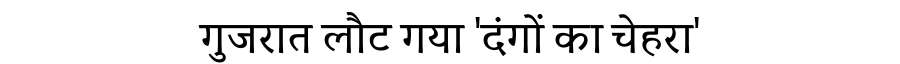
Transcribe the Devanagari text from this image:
गुजरात लौट गया 'दंगों का चेहरा'